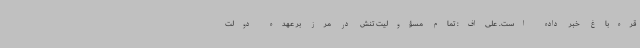
قره‌باغ خبر داده است. علی‌اف: تمام مسؤولیت تنش در مرز بر عهده دولت